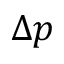
\Delta p